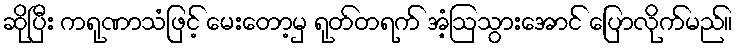
ဆိုပြီး ကရုဏာသံဖြင့် မေးတော့မှ ရုတ်တရက် အံ့ဩသွားအောင် ပြောလိုက်မည်။